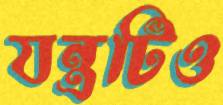
যন্ত্রটিও